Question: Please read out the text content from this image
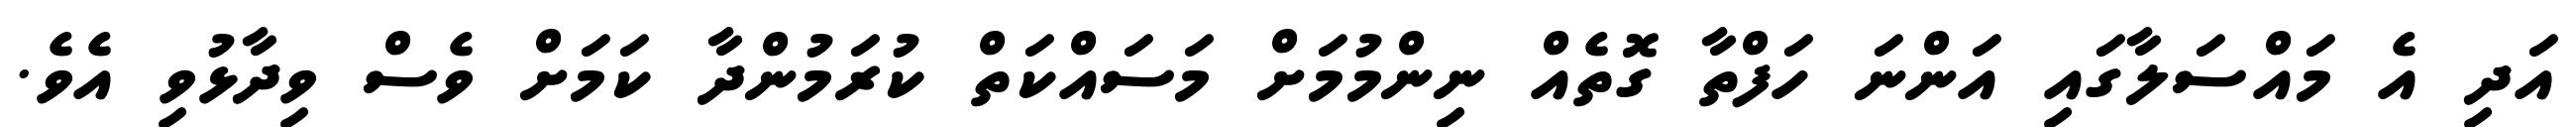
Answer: އަދި އެ މައްސަލާގައި އަންނަ ހަފްތާ ގޮތެއް ނިންމުމަށް މަސައްކަތް ކުރަމުންދާ ކަމަށް ވެސް ވިދާޅުވި އެވެ.